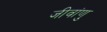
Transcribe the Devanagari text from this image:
जीवांणु